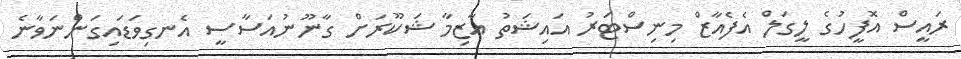
ރައީސް އޮފީހުގެ ލީގަލް އެފެއާޒް މިނިސްޓަރު އައިޝަތު އާޒިމާ ޝަކޫރަށް ގާނޫނުއަސާސީ އެނގިވަޑައިގަންނަވާނެ